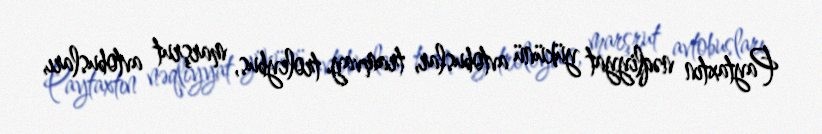
Paytaxtın nəqliyyat yükünü avtobuslar, tramvay, troleybus, marşrut avtobusları,